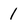
Character: 1